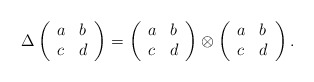
\begin{align*}\Delta \left(\begin{array}{ll}a & b\\ c &d\end{array}\right)= \left(\begin{array}{ll}a & b\\ c &d\end{array}\right)\otimes \left(\begin{array}{ll}a & b\\ c &d\end{array}\right).\end{align*}